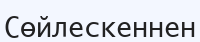
Сөйлескеннен